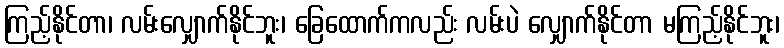
ကြည့်နိုင်တာ၊ လမ်းလျှောက်နိုင်ဘူး၊ ခြေထောက်ကလည်း လမ်းပဲ လျှောက်နိုင်တာ မကြည့်နိုင်ဘူး၊